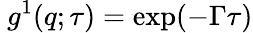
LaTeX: \ g^{1}(q;\tau)=\exp(-\Gamma\tau)